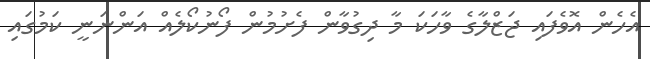
އެހެން އޮވެފައި ޖަޒްލާގެ ވާހަކަ މާ ދިގުވާން ފެށުމުން ފޯނުކޯލެއް އަންނަނީ ކަމުގައި